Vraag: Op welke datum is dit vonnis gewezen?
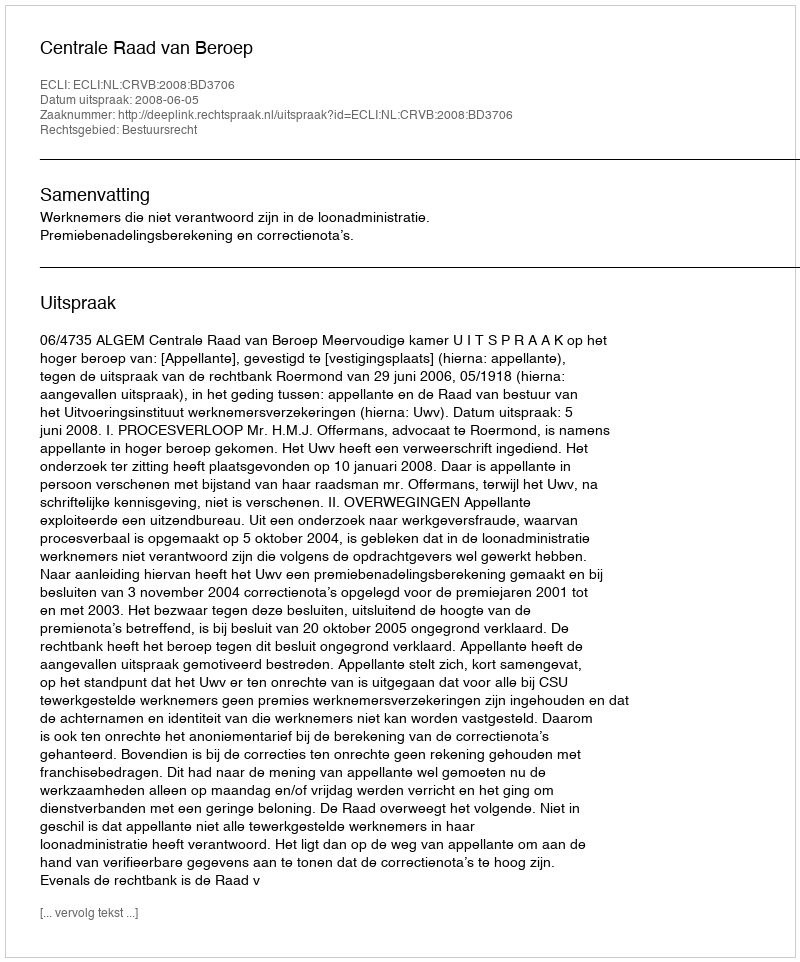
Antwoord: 2008-06-05